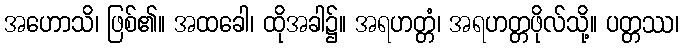
အဟောသိ၊ ဖြစ်၏။ အထခေါ၊ ထိုအခါ၌။ အရဟတ္တံ၊ အရဟတ္တဖိုလ်သို့။ ပတ္တဿ၊